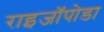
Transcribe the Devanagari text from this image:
राइजॉपोडा